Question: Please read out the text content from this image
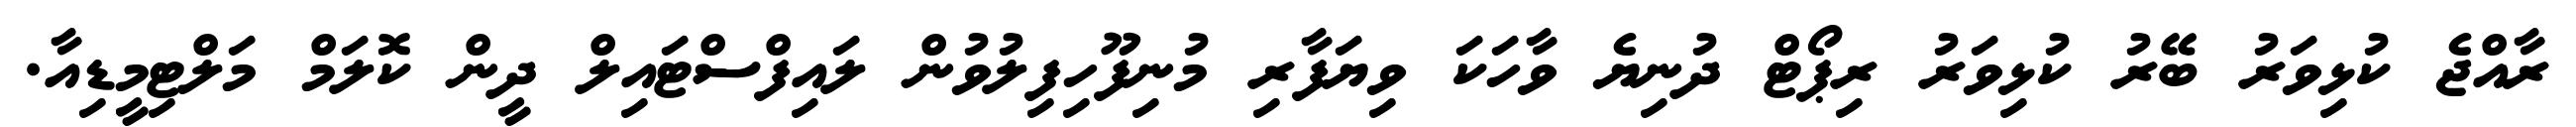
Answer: ރާއްޖެ ކުޅިވަރު ބޭރު ކުޅިވަރު ރިޕޯޓް ދުނިޔެ ވާހަކަ ވިޔަފާރި މުނިފޫހިފިލުވުން ލައިފްސްޓައިލް ދީން ކޮލަމް މަލްޓިމީޑިއާ.